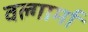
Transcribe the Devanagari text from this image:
वल्गार्मा